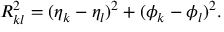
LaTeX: R _ { k l } ^ { 2 } = ( \eta _ { k } - \eta _ { l } ) ^ { 2 } + ( \phi _ { k } - \phi _ { l } ) ^ { 2 } .